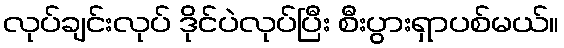
လုပ်ချင်းလုပ် ဒိုင်ပဲလုပ်ပြီး စီးပွားရှာပစ်မယ်။